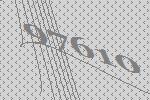
97610